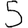
Digit: 5